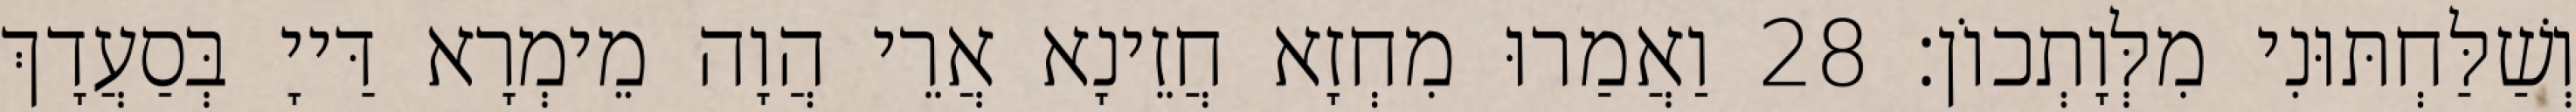
וְשַׁלַּחְתּוּנִי מִלְּוָתְכוֹן׃ 28 וַאֲמַרוּ מִחְזָא חֲזֵינָא אֲרֵי הֲוָה מֵימְרָא דַּייָ בְּסַעֲדָךְ